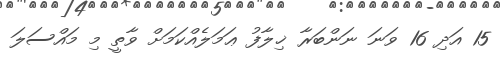
15 އަދި 16 ވަނަ ނަންބަރާ ޚިލާފު ޢަމަލެއްކަމަށް ވާތީ މި މައްސަލަ